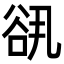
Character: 谻